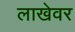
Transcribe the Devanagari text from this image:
लाखेवर